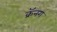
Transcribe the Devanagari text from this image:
क्रॅनग